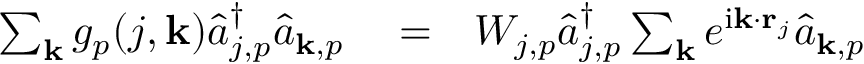
\begin{array} { r l r } { \sum _ { { \bf k } } g _ { p } ( j , { \bf k } ) \hat { a } _ { j , p } ^ { \dagger } \hat { a } _ { { \bf k } , p } } & { { } = } & { W _ { j , p } \hat { a } _ { j , p } ^ { \dagger } \sum _ { { \bf k } } e ^ { \mathrm { i } { \bf k } \cdot { \bf r } _ { j } } \hat { a } _ { { \bf k } , p } } \end{array}